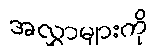
အလွှာများကို